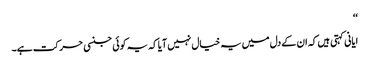
‘‘
ایانی کہتی ہیں کہ ان کے دل میں یہ خیال نہیں آیا کہ یہ کوئی جنسی حرکت ہے۔